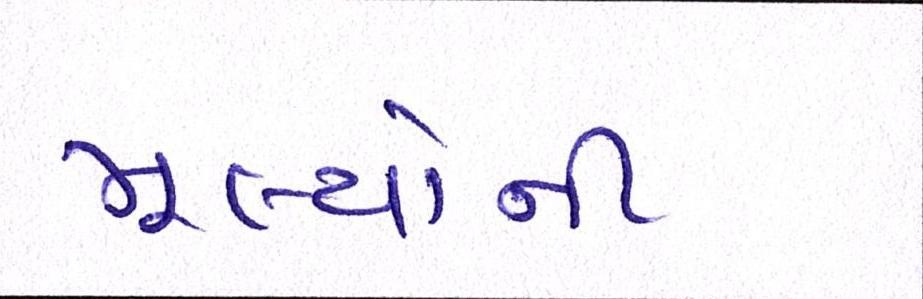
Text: મૂલ્યોની